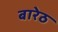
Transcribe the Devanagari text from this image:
बारेठ